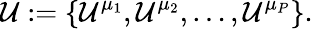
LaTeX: \mathcal{U}:=\{ \mathcal{U}^{\mu_{1}},\mathcal{U}^{\mu_{2}},\dots,\mathcal{U}^{\mu_{P}}\} .